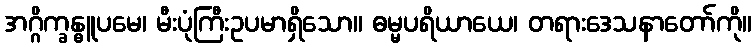
အဂ္ဂိက္ခန္ဓူပမေ၊ မီးပုံကြီးဥပမာရှိသော။ ဓမ္မပရိယာယေ၊ တရားဒေသနာတော်ကို။